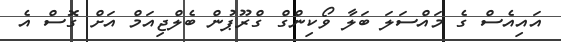
އައިއެސް ގެ މައްސަލަ ބަލާ ވޯކިންގް ގްރޫޕުން ބެލްޖިއަމް އަށް ގޮސް އެ